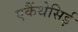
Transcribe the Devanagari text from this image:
एकैंथेसिई